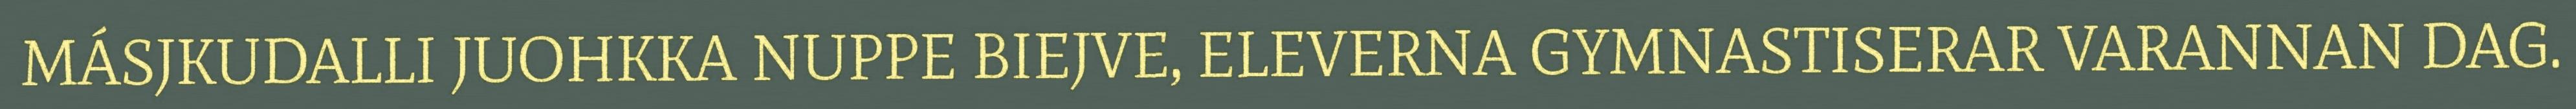
MÁSJKUDALLI JUOHKKA NUPPE BIEJVE, ELEVERNA GYMNASTISERAR VARANNAN DAG.